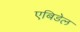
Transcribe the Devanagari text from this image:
एबिडेल